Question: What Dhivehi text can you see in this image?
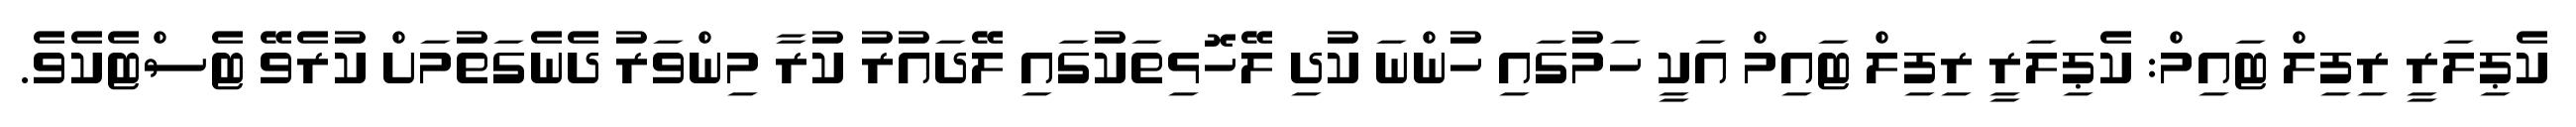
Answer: ކެޕިލަރީ ރިފިލް ޓައިމް: ކެޕިލަރީ ރިފިލް ޓައިމް އަކީ ހަމުގައި ހުންނަ ކުދި ލޭހޮޅިތަކުގައި ލޭދައުރު ކުރާ މިންވަރު ދެނެގަތުމަށް ކުރެވޭ ޓެސްޓެކެވެ.